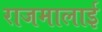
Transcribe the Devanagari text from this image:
राजमालाई